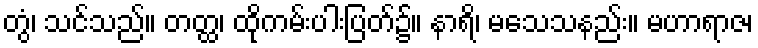
တွံ၊ သင်သည်။ တတ္ထ၊ ထိုကမ်းပါးပြတ်၌။ နာရိ၊ မသေသနည်း။ မဟာရာဇ၊